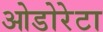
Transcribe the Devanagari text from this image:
ओडोरेटा